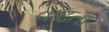
વાઢતા